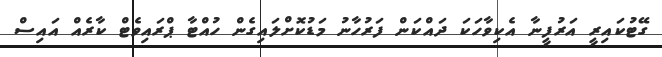
ގޭޓުކައިރީ އަރުފީނާ އެކިވާހަކަ ދައްކަން ފަރުހާނު މަޑުކޮށްލައިގެން ހުއްޓާ ޕްރައިވެޓް ކާރެއް އައިސް